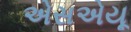
એસએયૂ